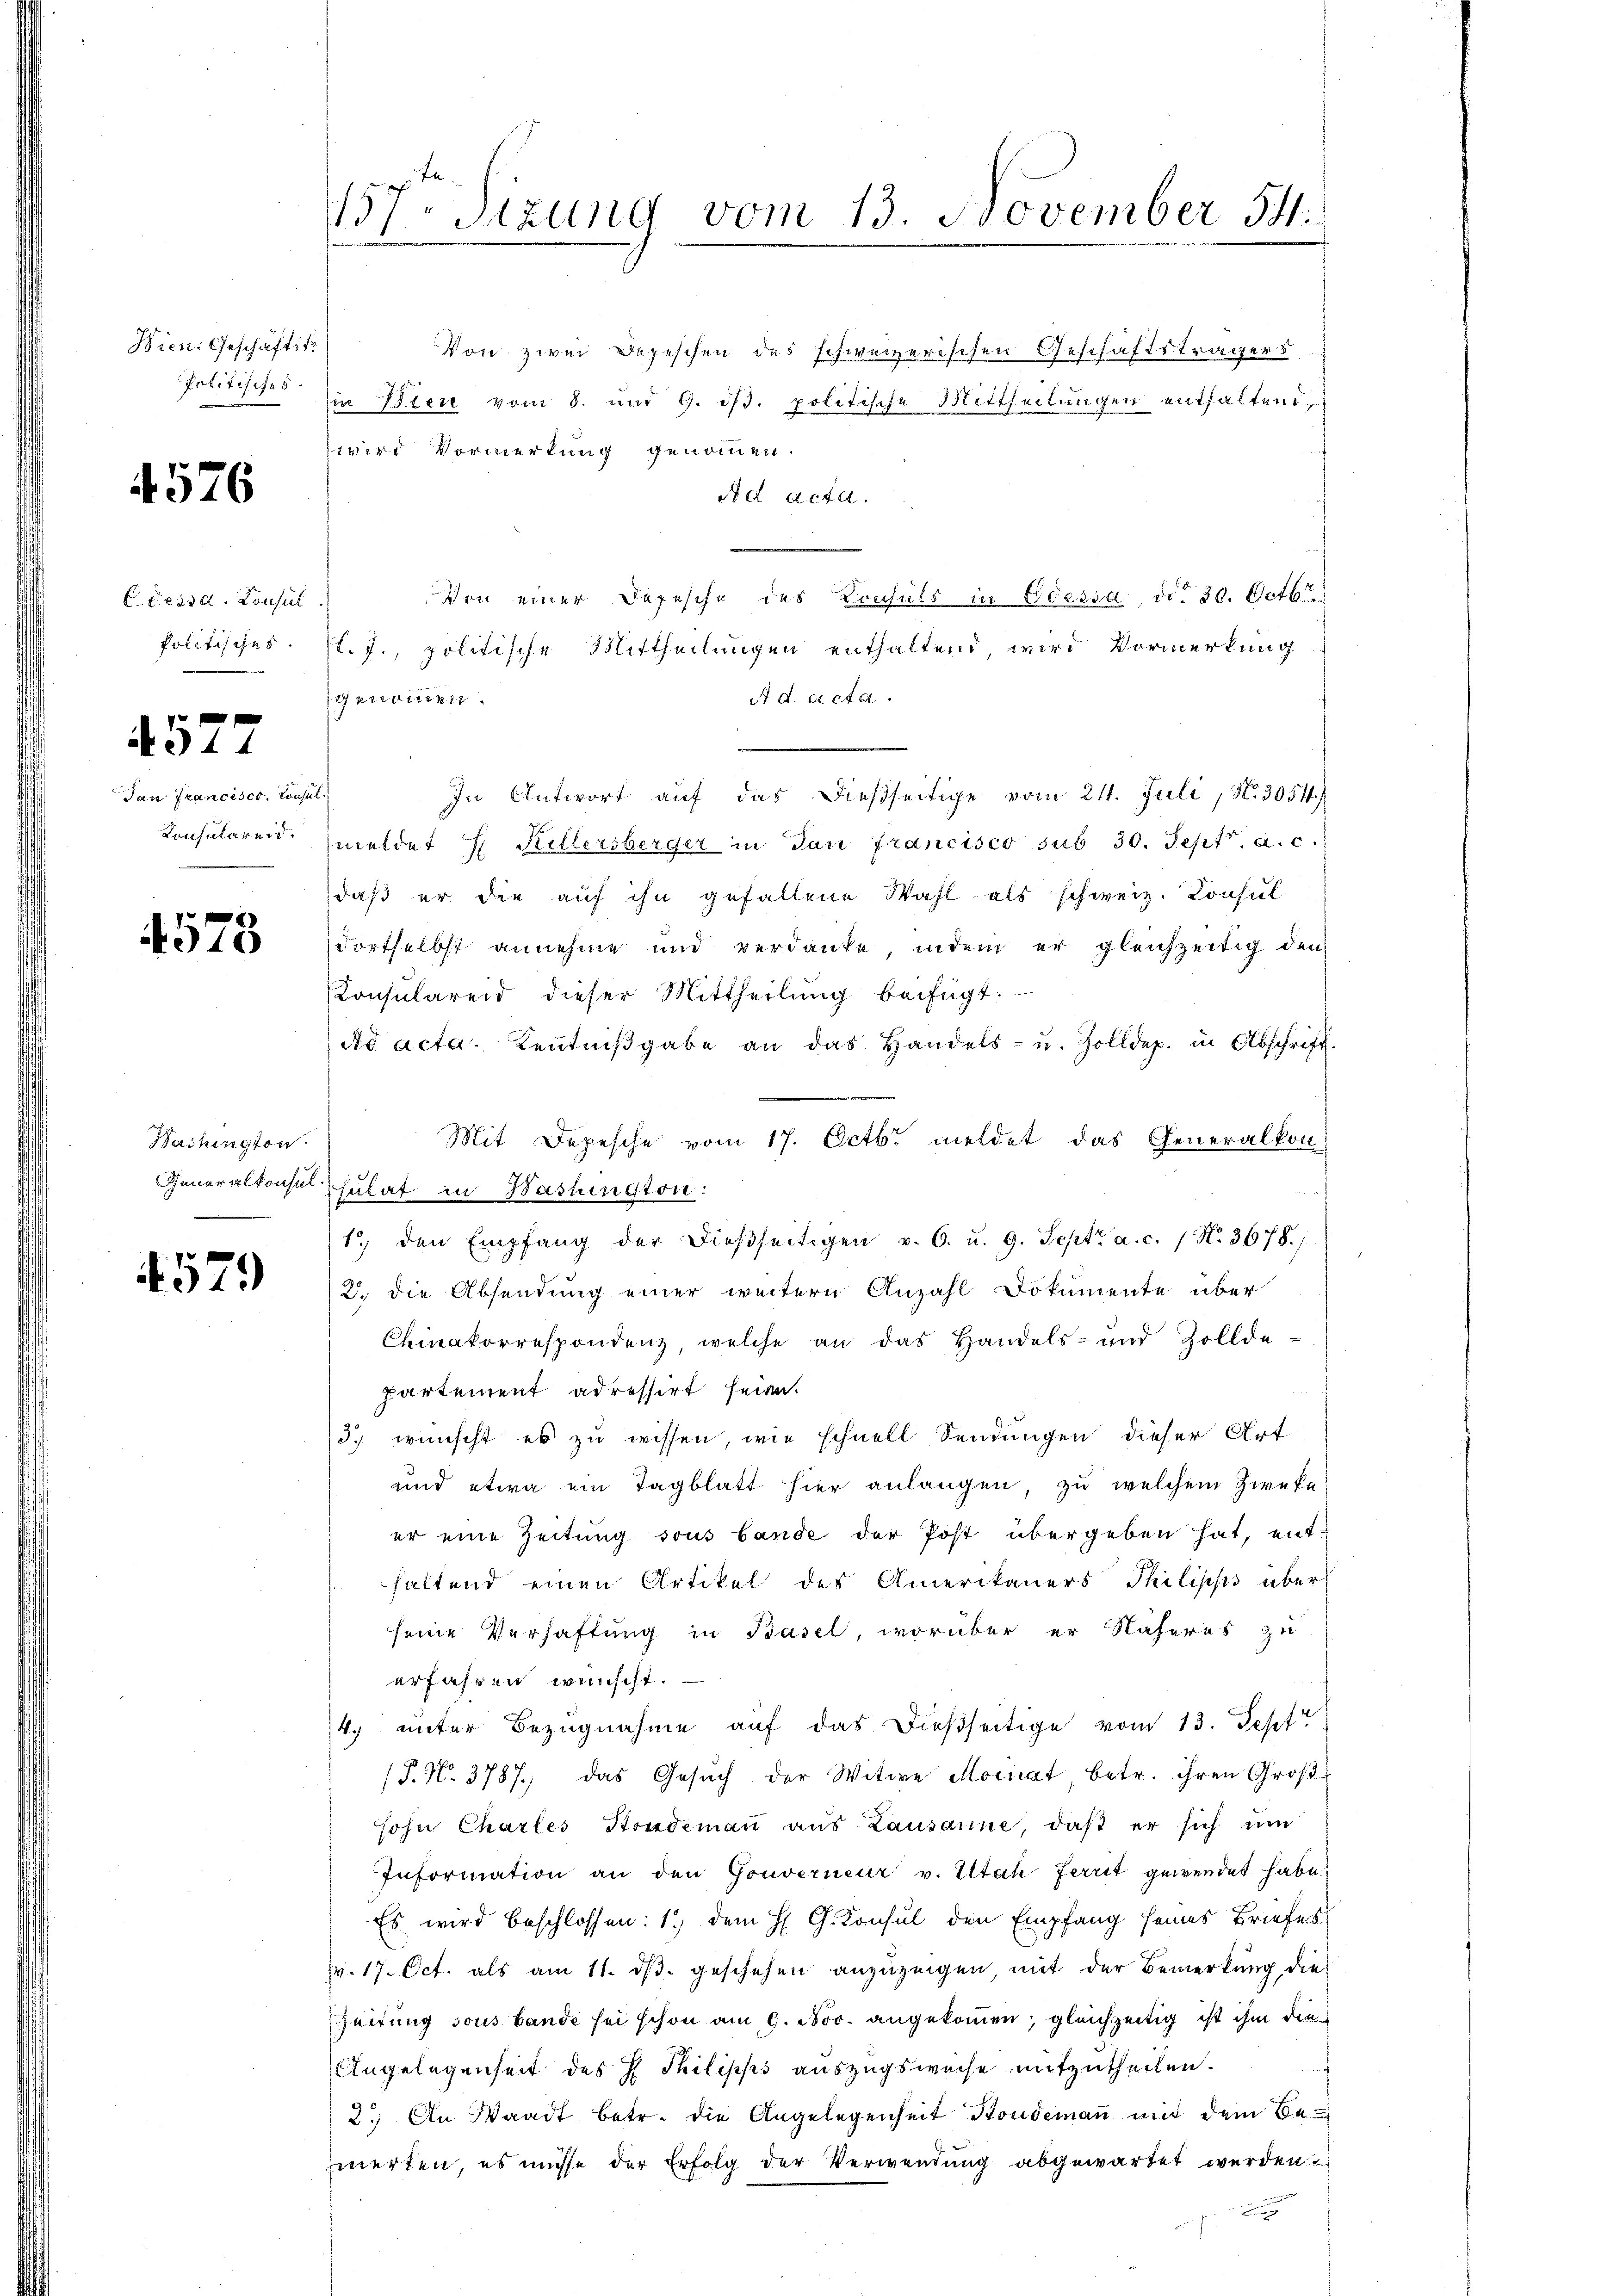
Wien. Geschäftst
Politisches

4576

Edesid. Konsul
 f 0 x

Dan Francisco, Konsul

A 344

4573

Bashington

4579

157. Sizung vom 13. November 54.

Iten vom 8. und 9. dβ. politische Mittheilungen enthaltend
wird Vormerkung genommen.
A d. Acta.
Von einer Depesche des Konsuls in Ocessa, d. 30. Octbr.
politisches N. J., politische Mittheilungen enthaltend, wird Vormerkung
A d acta.
genommen.
In Antwort auf das dießseitige vom 21. Juli / N. 3054/
Konsularen meldet H. Kellersberger in dan francisco sub 30. Sept. a. c.
daß er die auf ihn gefallene Wahl als schweiz. Konsul
dortselbst annehme und verdanke, indem er gleichzeitig den
Konsulareid dieser Mittheilung beifügt.
ad acta. Kenntniβgabe an das Handels- u. Zolldep. in Abschrift.
Mit Depesche vom 17. Octbr. meldet das Generalkon-
Generalkonsul sulat in Haslindton:
1) den Empfang der dießseitigen v. 6. u. 9. Sept. a. c. / N. 3678. 1
2. die Absendung einer weitern Anzahl Dokumente über
Chinakorrespondenz, welche an das Handels- und Zollde-
partement adressirt seien.
3.) wünscht es zu wissen, wie schnell Sendungen dieser Art
und etwa ein Tagblatt hier anlangen, zu welchem Zweke
er eine Zeitung sous bande der Post übergeben hat, enthaltend einen Artikel des Amerikaners Philippis über
seine Verhaftung in Basel, worüber er Näheres zu
erfahren wünscht.
4. unter Bezugnahme auf das dießseitige vom 13. Sept
/5. No. 3787.) das Gesuch der Witwe Moricat betr. ihren Großsohn Chartes Standemann aus Lausanne, daß er sich um
Information an den Gouverneur v. Utah ferrit gewendet habe.
Es wird beschlossen: 1) dem H. G. Konsul den Empfang seines Briefes
v. 17. Oct. als am 11. ds. geschehen anzuzeigen, mit der Bemerkung die
Zeitung sous bande sei schon am 9. Noc. angekommen, gleichzeitig ist ihm die
Angelegenheit des H Philipps auszugsweise mitzutheilen.
2.) An Waadt betr. die Angelegenheit Stondeman mit dem Bewerken, es müsse der Erfolg der Verwendung abgewartet werden.

Von zwei Depeschen des schweizerischen Geschäftsträgers